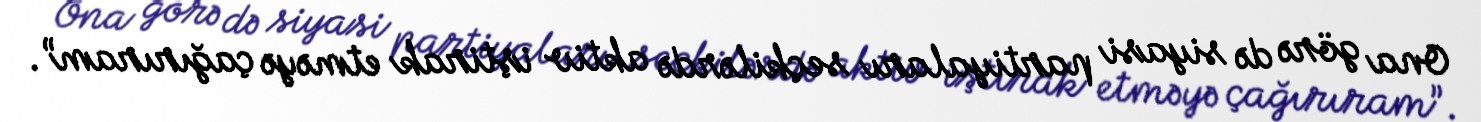
Ona görə də siyasi partiyaları seçkilərdə aktiv iştirak etməyə çağırıram”.